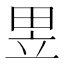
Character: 𤱗